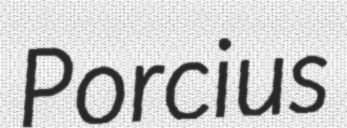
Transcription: Porcius